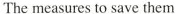
The measures to save them